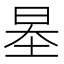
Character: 𡋵